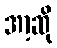
အာ့ဆို